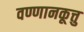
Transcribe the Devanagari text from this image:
वण्णानकूत्तु